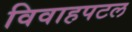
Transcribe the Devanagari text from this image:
विवाहपटल